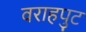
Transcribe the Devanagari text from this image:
वराहपुट